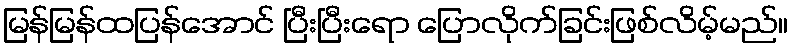
မြန်မြန်ထပြန်အောင် ပြီးပြီးရော ပြောလိုက်ခြင်းဖြစ်လိမ့်မည်။